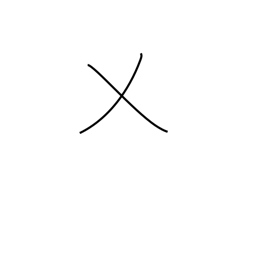
Meaning: cut grass